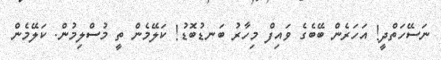
ނަސޭހަތްދީ! އަހަރެން ބޭބެގެ ވައިފް މިހާރު ބަނޑުބޮޑު! ކަލޭމެން ތީ މުސްލިމުން. ކަލޭމެން